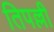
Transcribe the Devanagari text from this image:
तिपल्ली